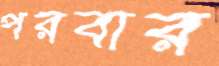
পরবার